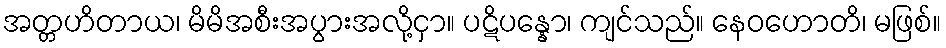
အတ္တဟိတာယ၊ မိမိအစီးအပွားအလို့ငှာ။ ပဋိပန္နော၊ ကျင်သည်။ နေဝဟောတိ၊ မဖြစ်။